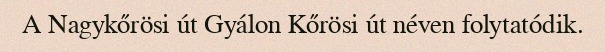
A Nagykőrösi út Gyálon Kőrösi út néven folytatódik.